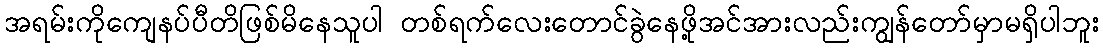
အရမ်းကိုကျေနပ်ပီတိဖြစ်မိနေသူပါ တစ်ရက်လေးတောင်ခွဲနေဖို့အင်အားလည်းကျွန်တော်မှာမရှိပါဘူး